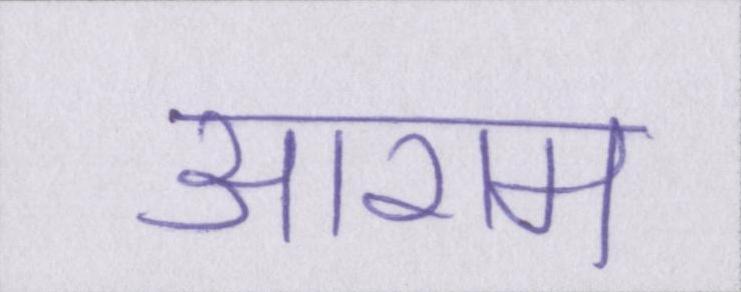
आराम